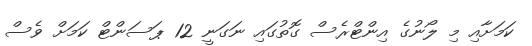
ކަމަށާއި މި ލޯނުގެ އިންޓްރެސް ގޮތުގައި ނަގަނީ 12 ޕަސަންޓް ކަމަށް ވެސް